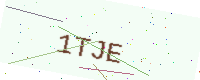
Text: 1TJE